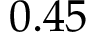
0 . 4 5